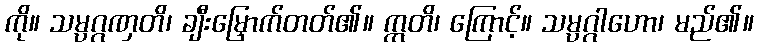
ကို။ သမ္ပဂ္ဂဏှတိ၊ ချီးမြှောက်တတ်၏။ ဣတိ၊ ကြောင့်။ သမ္ပဂ္ဂါဟော၊ မည်၏။